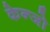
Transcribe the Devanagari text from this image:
केन्जो